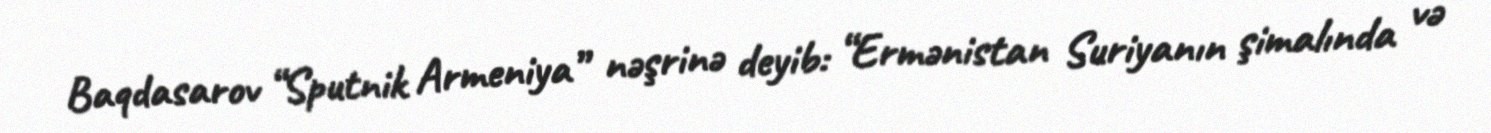
Baqdasarov “Sputnik Armeniya” nəşrinə deyib: “Ermənistan Suriyanın şimalında və